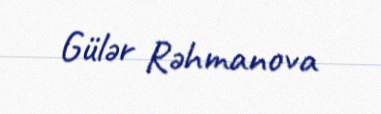
Gülər Rəhmanova